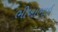
ભીખાભાઈ